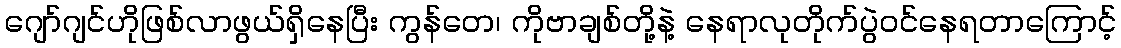
ဂျော်ဂျင်ဟိုဖြစ်လာဖွယ်ရှိနေပြီး ကွန်တေ၊ ကိုဗာချစ်တို့နဲ့ နေရာလုတိုက်ပွဲဝင်နေရတာကြောင့်